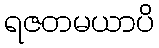
ရဇတမယာပိ